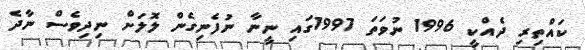
ކައްތިރި ދެއްކީ 1996 ނުވަތަ 1997ގައި ނީނާ ނުފެނިގެން ލޮލަށް ނިދިވެސް ނާދެ